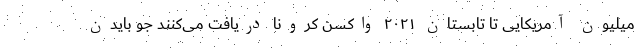
میلیون آمریکایی تا تابستان ۲۰۲۱ واکسن کرونا دریافت می‌کنند جو بایدن